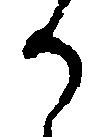
か